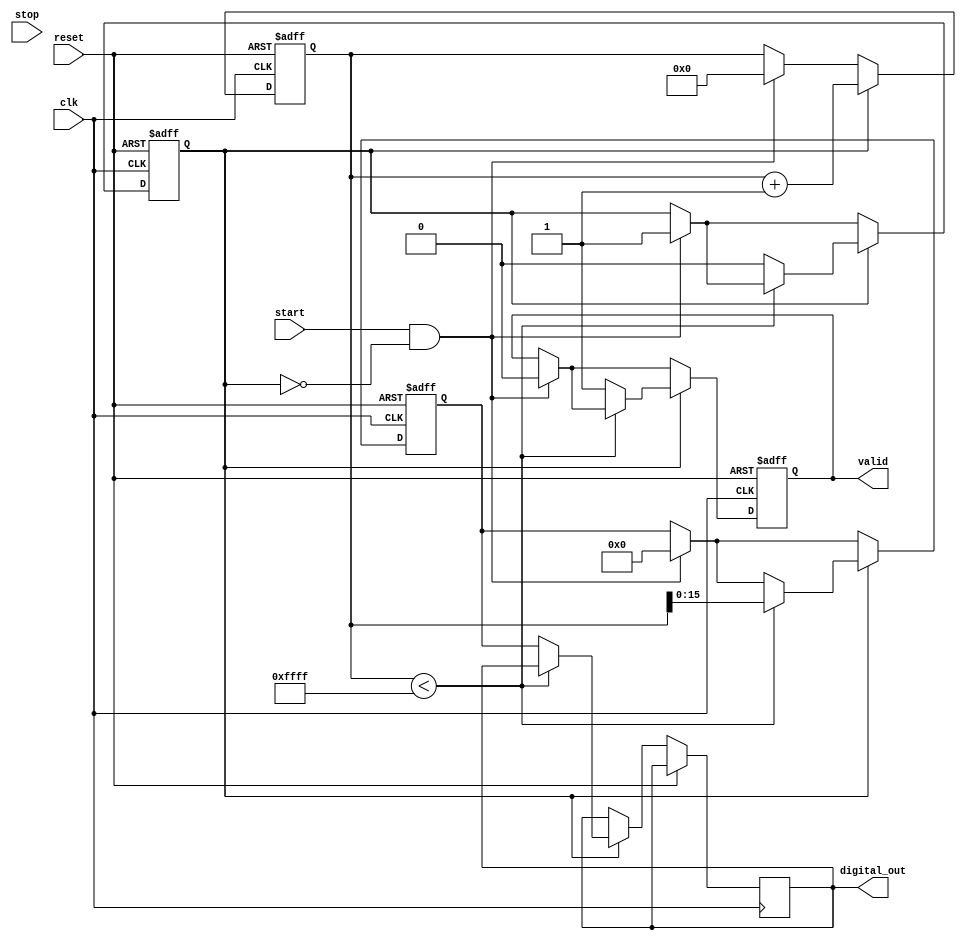
module TDC (
    input wire clk,               // High-frequency clock
    input wire start,             // Start signal (rising edge)
    input wire stop,              // Stop signal (falling edge)
    input wire reset,             // Reset signal
    output reg [15:0] digital_out, // Digital output from ADC
    output reg valid              // Valid signal for output data
);

    // Parameters
    parameter ADC_RESOLUTION = 16; // ADC resolution
    parameter MAX_COUNT = 65535;    // Maximum count for ADC (2^ADC_RESOLUTION - 1)

    // Internal signals
    reg [15:0] voltage;             // Voltage across the capacitor
    reg measuring;                  // Flag to indicate measuring state
    reg [31:0] counter;             // Counter for time measurement

    // Current source and capacitor charging simulation
    always @(posedge clk or posedge reset) begin
        if (reset) begin
            voltage <= 0;
            counter <= 0;
            measuring <= 0;
            valid <= 0;
        end else begin
            if (start && !measuring) begin
                measuring <= 1;      // Start measuring
                counter <= 0;        // Reset counter
                voltage <= 0;        // Reset voltage
                valid <= 0;          // Clear valid flag
            end
            
            if (measuring) begin
                counter <= counter + 1; // Increment counter
                if (counter < MAX_COUNT) begin
                    voltage <= counter[15:0]; // Simulate voltage increase
                end else begin
                    measuring <= 0;      // Stop measuring when max count reached
                    digital_out <= voltage; // Output the measured voltage
                    valid <= 1;          // Set valid flag
                end
            end
        end
    end

    // ADC simulation (simple pass-through for this example)
    // In a real implementation, this would be replaced with an actual ADC conversion logic.
    always @(posedge clk) begin
        if (valid) begin
            // Here you would typically read the voltage and convert it to digital
            // For simplicity, we assume voltage is already in digital_out
            // In a real ADC, you would have a conversion process here
        end
    end

endmodule